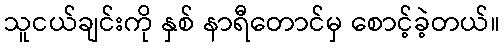
သူငယ်ချင်းကို နှစ် နာရီတောင်မှ စောင့်ခဲ့တယ်။